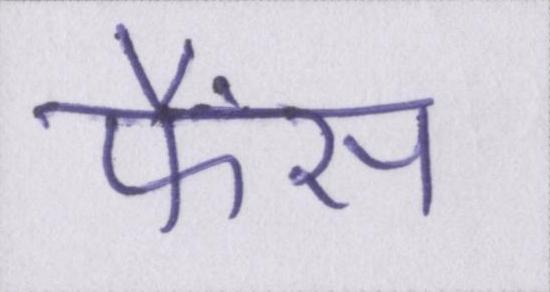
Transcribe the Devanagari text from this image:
फैंस